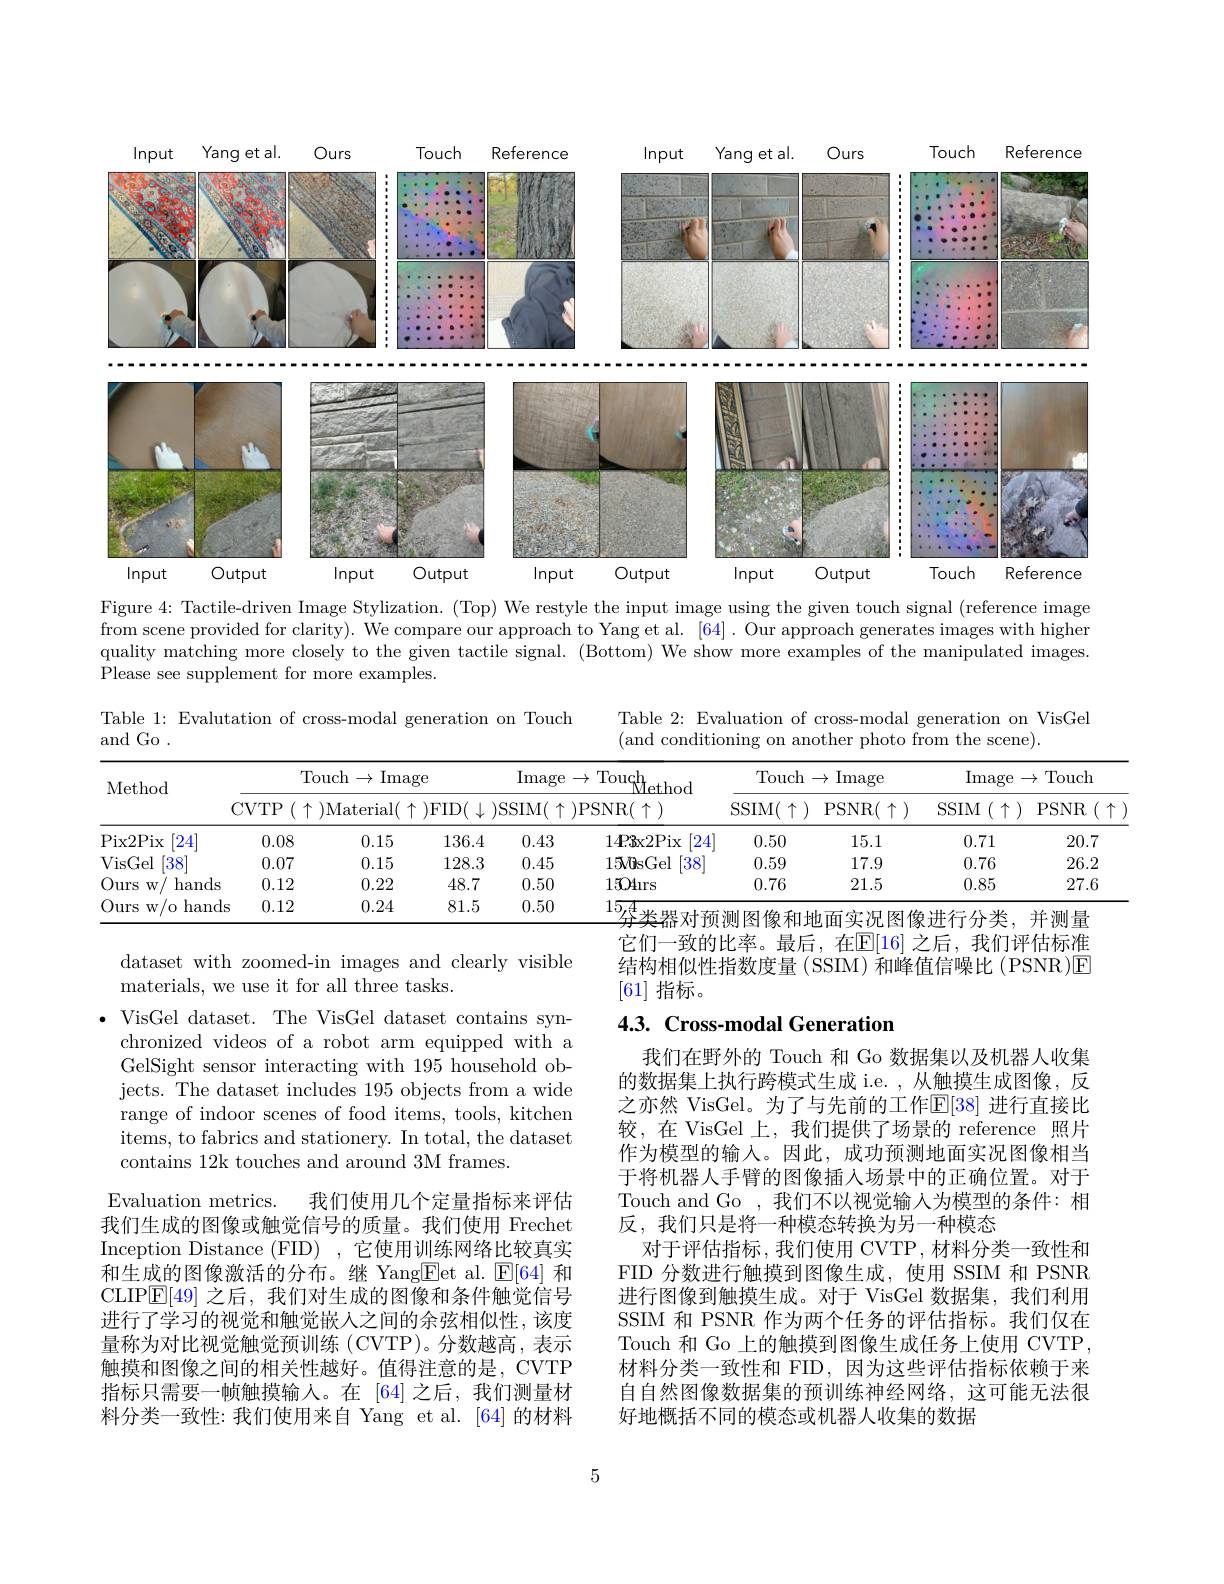
<FigureHere>

Figure 4: Tactile-driven Image Stylization. (Top) We restyle the input image using the given touch signal (reference image from scene provided for clarity). We compare our approach to Yang et al. [64]. Our approach generates images with higher quality matching more closely to the given tactile signal. (Bottom) We show more examples of the manipulated images. $\hat{\text{Please see supplement for more examples}}.$

Table 1: Evalutation of cross-modal generation on Touch

Table 2: Evaluation of cross-modal generation on VisGel
(and conditioning on another photo from the scene).

and Go .

<table>
	<tbody>
		<tr>
			<th rowspan="2">Method</th>
			<th>$T$</th>
			<th>)uch $\rightarrow$ Imag</th>
			<th> </th>
			<th>Image</th>
			<th>Touch ethod</th>
			<th colspan="2">Touch$\to$Image</th>
			<th colspan="2">Image$\to$Touch</th>
		</tr>
		<tr>
			<th>$CVTP$ $(\uparrow$ </th>
			<th>)Material( $\uparrow$</th>
			<th>${\mathrm{FID}}(\downarrow$</th>
			<th>)SSIM($\uparrow$</th>
			<th>$\operatorname{PSNR}(\uparrow)$</th>
			<th>$\operatorname{SSIM}(\uparrow)$</th>
			<th>PSNR$( \uparrow )$</th>
			<th>$SSIM$ $I(\uparrow)$</th>
			<th>$PSNR$</th>
		</tr>
		<tr>
			<td>Pix2Pix [24</td>
			<td>0.08</td>
			<td>0.15</td>
			<td>136.4</td>
			<td>0.43</td>
			<td>$14\mathbf{P}3$x2Pix [24]</td>
			<td>0.50</td>
			<td>15.1</td>
			<td>0.71</td>
			<td>20.7</td>
		</tr>
		<tr>
			<td>VisGel 38</td>
			<td>0.07</td>
			<td>0.15</td>
			<td>128.3</td>
			<td>0.45</td>
			<td>150sGel $38^{\cdot}$</td>
			<td>0.59</td>
			<td>17.9</td>
			<td>0.76</td>
			<td>26.2</td>
		</tr>
		<tr>
			<td>Ours hands $W$</td>
			<td>0.12</td>
			<td>0.22</td>
			<td>48.7</td>
			<td>0.50</td>
			<td>1504ırs</td>
			<td>0.76</td>
			<td>21.5</td>
			<td>0.85</td>
			<td>27.6</td>
		</tr>
		<tr>
			<td>Ours $W/$ $\cdot/0$ hands</td>
			<td>0.12</td>
			<td>0.24</td>
			<td>81.5</td>
			<td>0.50</td>
			<td>15,4</td>
			<td> </td>
			<td> </td>
			<td>NIL</td>
			<td>yat 4</td>
		</tr>
	</tbody>
</table>

它们一致的比率。最后，在$\mathbb{E}[16]$ 之后，我们评估标准结构相似性指数度量(SSIM)和峰值信噪比(PSNR)E [61]指标。

## 4.3. Cross-modal Generation

dataset with zoomed-in images and clearly visible
materials, we use it for all three tasks.
$\bullet$ VisGel dataset. The VisGel dataset contains syn-
chronized videos of a robot arm equipped with a GelSight sensor interacting with 195 household objects. The dataset includes 195 objects from a wide range of indoor scenes of food items, tools, kitchen items, to fabrics and stationery. In total, the dataset contains 12k touches and around 3M frames.
Evaluation metrics.
我们使用几个定量指标来评估
我们生成的图像或触觉信号的质量。我们使用 Frechet Inception Distance (FID) ,它使用训练网络比较真实和生成的图像激活的分布。继 Yang$\boxed{\mathrm{F}}$et al.$\boxed{\mathrm{F}}[64]$和CLIP$\overline{\mathbb{E}}[49]$之后，我们对生成的图像和条件触觉信号进行了学习的视觉和触觉嵌人之间的余弦相似性，该度量称为对比视觉触觉预训练(CVTP)。分数越高，表示触摸和图像之间的相关性越好。值得注意的是，CVTP 指标只需要一帧触摸输人。在 [64]之后，我们测量材料分类一致性：我们使用来自 Yang et al.[64]的材料

我们在野外的 Touch 和 Go 数据集以及机器人收集的数据集上执行跨模式生成 i.e. ,从触摸生成图像，反之亦然 VisGel。为了与先前的工作$\mathbb{E}[38]$ 进行直接比较，在 VisGel 上，我们提供了场景的 reference 照片作为模型的输入。因此，成功预测地面实况图像相当于将机器人手臂的图像插入场景中的正确位置。对于Touch and Go ,我们不以视觉输入为模型的条件：相反，我们只是将一种模态转换为另一种模态
对于评估指标，我们使用 CVTP, 材料分类一致性和FID 分数进行触摸到图像生成，使用 SSIM 和 PSNR 进行图像到触摸生成。对于 VisGel 数据集，我们利用SSIM 和 PSNR 作为两个任务的评估指标。我们仅在Touch 和 Go 上的触摸到图像生成任务上使用 CVTP, 材料分类一致性和 FID,因为这些评估指标依赖于来自自然图像数据集的预训练神经网络，这可能无法很好地概括不同的模态或机器人收集的数据

5